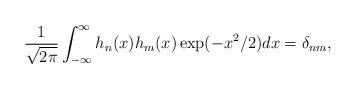
LaTeX: \begin{align*}\frac{1}{\sqrt{2\pi }}\int_{-\infty }^{\infty }h_{n}(x)h_{m}(x)\exp(-x^{2}/2)dx=\delta _{nm}, \end{align*}